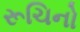
રૂચિનો